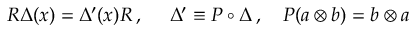
{ \cal R } \Delta ( x ) = \Delta ^ { \prime } ( x ) { \cal R } \, , \ \ \ \ \Delta ^ { \prime } \equiv P \circ \Delta \, , \ \ \ P ( a \otimes b ) = b \otimes a